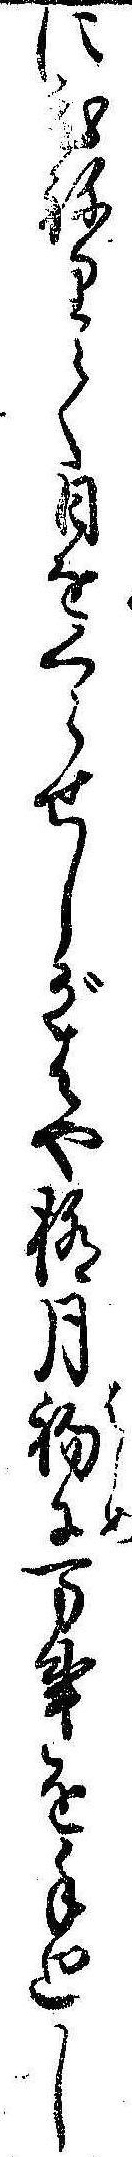
にひねりて日をくらせしがはや極月初に万事を手廻し